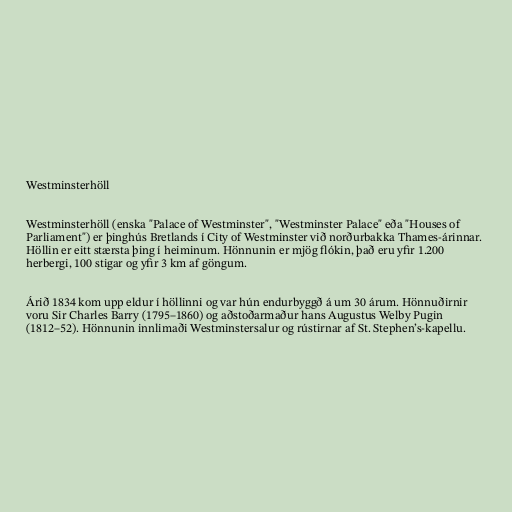
Westminsterhöll

Westminsterhöll (enska "Palace of Westminster", "Westminster Palace" eða "Houses of
Parliament") er þinghús Bretlands í City of Westminster við norðurbakka Thames-árinnar.
Höllin er eitt stærsta þing í heiminum. Hönnunin er mjög flókin, það eru yfir 1.200
herbergi, 100 stigar og yfir 3 km af göngum.

Árið 1834 kom upp eldur í höllinni og var hún endurbyggð á um 30 árum. Hönnuðirnir
voru Sir Charles Barry (1795–1860) og aðstoðarmaður hans Augustus Welby Pugin
(1812–52). Hönnunin innlimaði Westminstersalur og rústirnar af St. Stephen’s-kapellu.